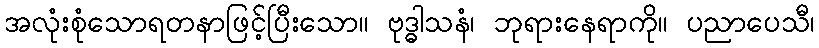
အလုံးစုံသောရတနာဖြင့်ပြီးသော။ ဗုဒ္ဓါသနံ၊ ဘုရားနေရာကို။ ပညာပေသီ၊